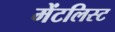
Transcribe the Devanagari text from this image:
मेंटलिस्ट